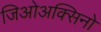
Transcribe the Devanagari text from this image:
जिओअक्सिनो